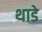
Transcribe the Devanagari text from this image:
थाडे